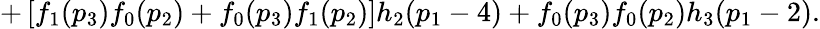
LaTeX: +\left[f_{1}(p_{3})f_{0}(p_{2})+f_{0}(p_{3})f_{1}(p_{2})\right]h_{2}(p_{1}-4)+f_{0}(p_{3})f_{0}(p_{2})h_{3}(p_{1}-2).